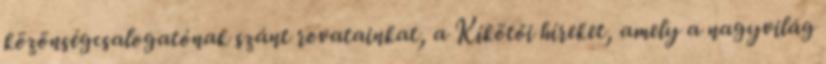
közönségcsalogatónak szánt rovatainkat, a Kikötői híreket, amely a nagyvilág